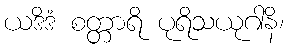
ယဒိဒံ စတ္တာရိ ပုရိသယုဂါနိ၊